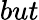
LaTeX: but